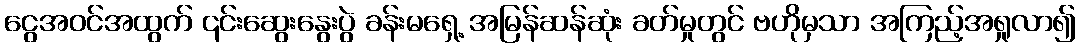
ငွေအဝင်အထွက် ၎င်းဆွေးနွေးပွဲ ခန်းမရှေ့ အမြန်ဆန်ဆုံး ခတ်မှုတွင် ဗဟိုမှသာ အကြည့်အရှုလာ၍